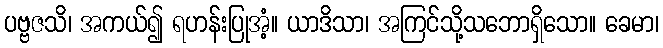
ပဗ္ဗဇသိ၊ အကယ်၍ ရဟန်းပြုအံ့။ ယာဒိသာ၊ အကြင်သို့သဘောရှိသော။ ခေမာ၊